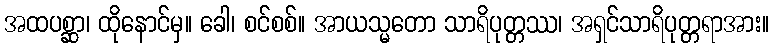
အထပစ္ဆာ၊ ထိုနောင်မှ။ ခေါ၊ စင်စစ်။ အာယသ္မတော သာရိပုတ္တဿ၊ အရှင်သာရိပုတ္တရာအား။